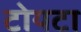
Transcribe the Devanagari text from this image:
टोयटा